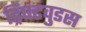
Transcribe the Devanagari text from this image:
ड्रिफ्टवुडस